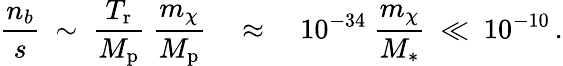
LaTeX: \frac{n_{b}}{s}~\sim~\frac{T_{\mathrm{r}}}{M_{\mathrm{p}}}~\frac{m_{\chi}}{M_{\mathrm{p}}}\quad\approx\quad 10^{-34}~\frac{m_{\chi}}{M_{\ast}}~\ll~10^{-10}\, .